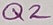
Text: Q2